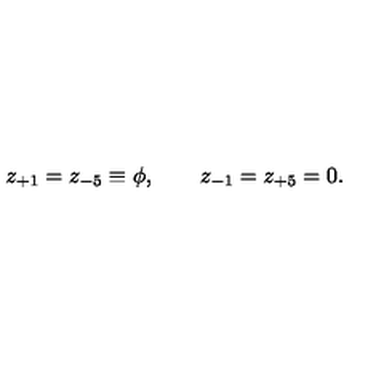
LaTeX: z _ { + 1 } = z _ { - 5 } \equiv \phi , \qquad z _ { - 1 } = z _ { + 5 } = 0 .